Scientific memoirs by medical officers of the Army of India - Part V,
Year: 1890
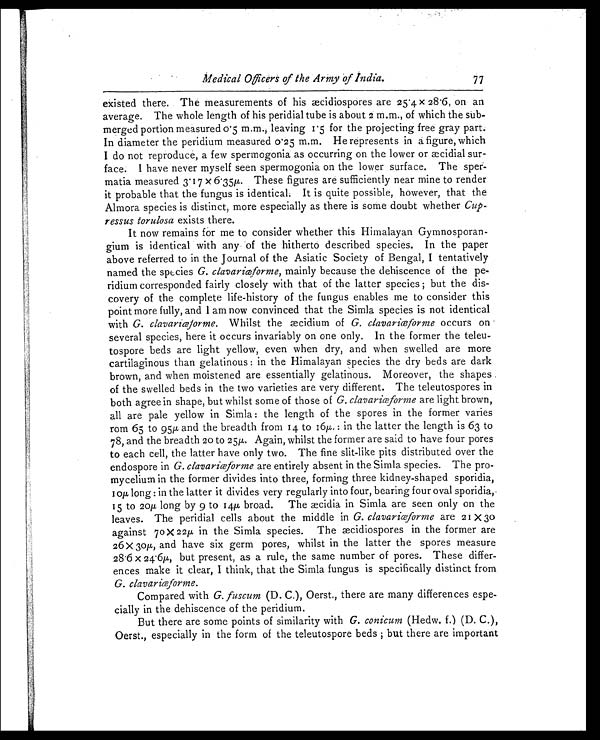
Medical Officers of the Army of India.
77
existed there. The measurements of his æcidiospores are 25.4 x 28.6, on an
average. The whole length of his peridial tube is about 2 m.m., of which the sub
- m e r g e d p o r t i o n m e a s u r e d 0 . 5 m . m . , l e a v i n g 1 . 5 f o r t h e p r o j e c t i n g f r e e g r a y p a r t .
In diameter the peridium measured 0.25 m.m. He represents in a figure, which
I do not reproduce, a few spermogonia as occurring on the lower or æcidial sur
-face. I have never myself seen spermogonia on the lower surface. The sper
-matia measured 3.17 x 6.35µ. These figures are sufficiently near mine to render
it probable that the fungus is identical. It is quite possible, however, that the
Almora species is distinct, more especially as there is some doubt whether Cup
-ressus torulosa exists there.
It now remains for me to consider whether this Himalayan Gymnosporan
- g i u m i s i d e n t i c a l w i t h a n y o f t h e h i t h e r t o d e s c r i b e d s p e c i e s . I n t h e p a p e r
above referred to in the Journal of the Asiatic Society of Bengal, I tentatively
named the species G. clavariœforme,mainly because the dehiscence of the pe
-ridium corresponded fairly closely with that of the latter species; but the dis
- c o v e r y o f t h e c o m p l e t e l i f e - h i s t o r y o f t h e f u n g u s e n a b l e s m e t o c o n s i d e r t h i s
poi nt mor e f ul l y, and I am now convi nced t hat t he Si ml a s peci es i s not i dent i cal
with G. clavariœforme. Whilst the æcidium of G. clavariœformeo c c u r s o n
several species, here it occurs invariably on one only. In the former the teleu
- t o s p o r e b e d s a r e l i g h t y e l l o w , e v e n w h e n d r y , a n d w h e n s w e l l e d a r e m o r e
cartilaginous than gelatinous: in the Himalayan species the dry beds are dark
brown, and when moistened are essentially gelatinous. Moreover, the shapes
of the swelled beds in the two varieties are very different. The teleutospores in
both agree in shape, but whilst some of those of G. clavariœformea r e l i g h t b r o w n ,
all are pale yellow in Simla: the length of the spores in the former varies
rom 65 to 95µ and the breadth from 14 to 16µ: in the latter the length is 63 to
78, and the breadth 20 to 25µ. Again, whilst the former are said to have four pores
to each cell, the latter have only two. The fine slit-like pits distributed over the
endospore in G. clavariœformeare entirely absent in the Simla species. The pro-
mycelium in the former divides into three, forming three kidney-shaped sporidia,
10µ long: in the latter it divides very regularly into four, bearing four oval sporidia,
15 to 20µ long by 9 to 14µ broad. The æcidia in Simla are seen only on the
leaves. The peridial cells about the middle in G. clavariœformea r e 2 1 X 3 0
against 70 X 22µ in the Simla species. The æcidiospores in the former are
26 X 30µ and have six germ pores, whilst in the latter the spores measure
28.6 X 24.6µ but present, as a rule, the same number of pores. These differ
-ences make it clear, I think, that the Simla fungus is specifically distinct from
G. clavariœforme.
Compared with G. fuscum (D. C.), Oerst., there are many differences espe
- c i a l l y i n t h e d e h i s c e n c e o f t h e p e r i d i u m .
But there are some points of similarity with G. conicum (Hedw. f.) (D. C.),
Oerst., especially in the form of the teleutospore beds; but there are important